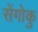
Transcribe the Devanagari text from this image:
सेंगोकु